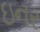
ઇનર